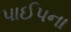
પાઈપના